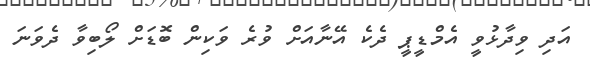
އަދި ވިދާޅުވީ އެމްޑީޕީ ދެކެ އޭނާއަށް ވުރެ ވަކިން ބޮޑަށް ލޯބިވާ ދެވަނަ